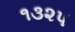
૧૩૨૫